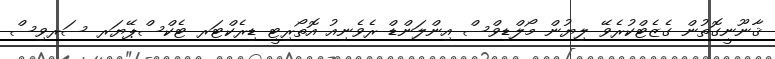
ޤާނޫނީގޮތުން ގެޒެޓްކުރެވޭ ލިޔުން މޯލްޑިވްސް އިންލަންޑް ރެވެނިއު އޮތޯރިޓީ ޑިރެކްޓަރ ޓެކްސްޕޭޔަރ ސަރވިސް